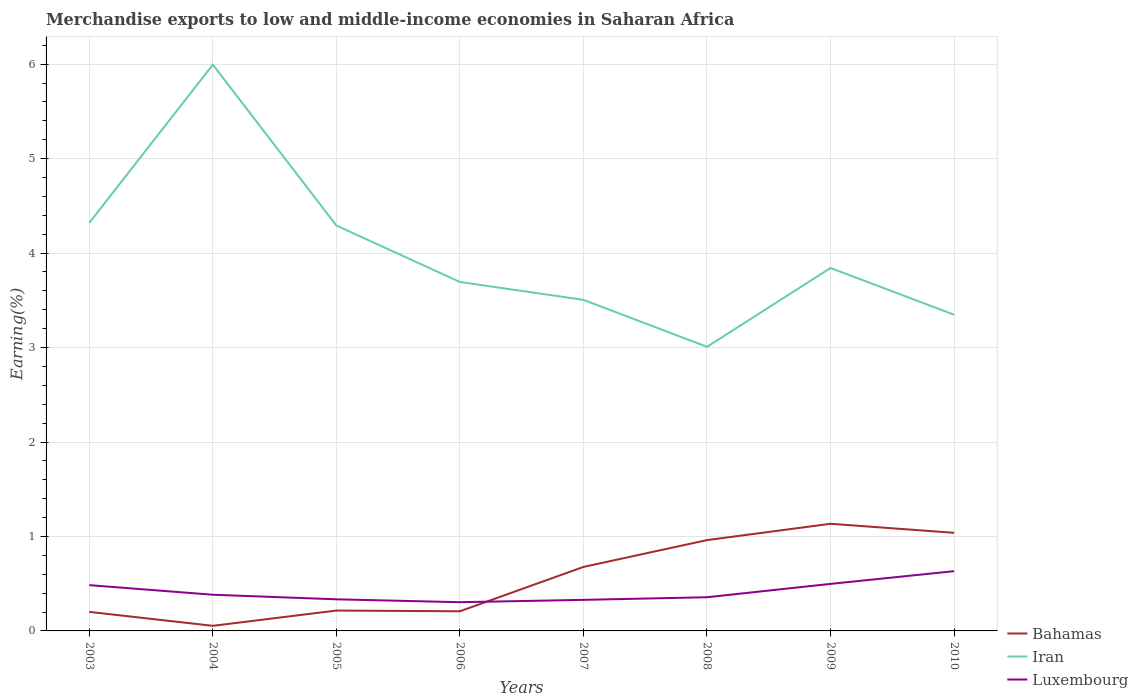
| Years | Bahamas | Iran | Luxembourg |
 | --- | --- | --- | --- |
 | 2003 | 0.201 | 4.32 | 0.485 |
 | 2004 | 0.054 | 6 | 0.383 |
 | 2005 | 0.216 | 4.29 | 0.335 |
 | 2006 | 0.208 | 3.69 | 0.304 |
 | 2007 | 0.678 | 3.51 | 0.329 |
 | 2008 | 0.962 | 3.01 | 0.357 |
 | 2009 | 1.13 | 3.84 | 0.498 |
 | 2010 | 1.04 | 3.35 | 0.632 |